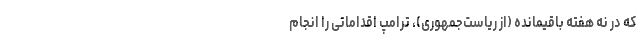
که در نُه هفته باقیمانده (از ریاست‌جمهوری)، ترامپ اقداماتی را انجام